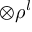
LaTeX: \otimes { \boldsymbol { \rho } } ^ { l }